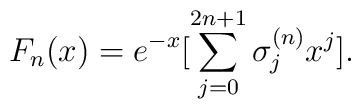
F_n(x)=e^{-x}[\sum_{j=0}^{2n+1}\sigma_j^{(n)}x^j].